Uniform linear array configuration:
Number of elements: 32
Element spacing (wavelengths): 1
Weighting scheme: kaiser
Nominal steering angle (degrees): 0
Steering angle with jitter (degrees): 0.4484
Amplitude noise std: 0.05
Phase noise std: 0.05

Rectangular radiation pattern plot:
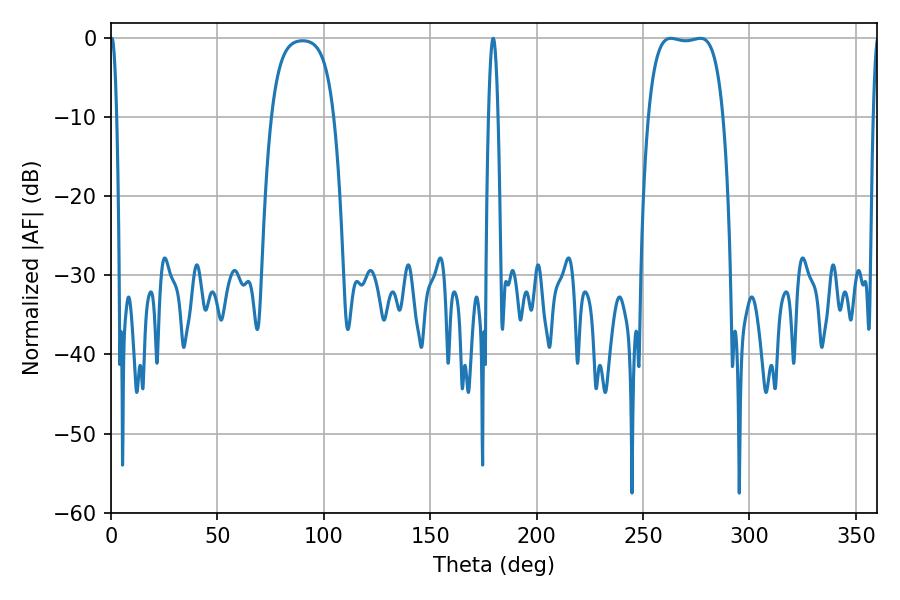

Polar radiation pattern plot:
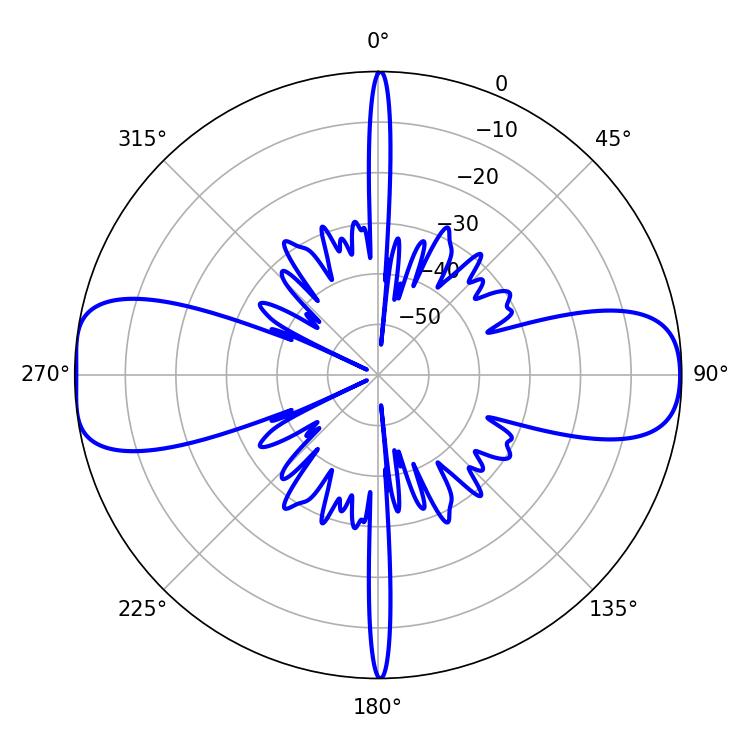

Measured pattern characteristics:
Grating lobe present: TRUE
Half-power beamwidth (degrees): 27.72
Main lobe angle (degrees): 276.84